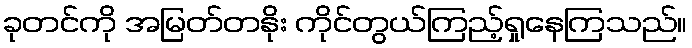
ခုတင်ကို အမြတ်တနိုး ကိုင်တွယ်ကြည့်ရှုနေကြသည်။